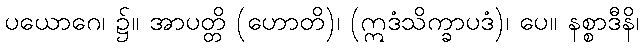
ပယောဂေ၊ ၌။ အာပတ္တိ (ဟောတိ)၊ (ဣဒံသိက္ခာပဒံ)၊ ပေ။ နစ္စာဒီနိ၊